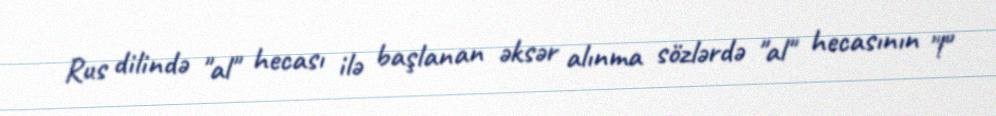
Rus dilində "al" hecası ilə başlanan əksər alınma sözlərdə "al" hecasının "l"